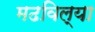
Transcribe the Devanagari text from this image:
मढविल्या